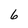
Character: 6